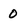
Character: 0